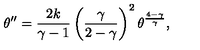
\theta ^ { \prime \prime } = { \frac { 2 k } { \gamma - 1 } } \left( { \frac { \gamma } { 2 - \gamma } } \right) ^ { 2 } \theta ^ { \frac { 4 - \gamma } { \gamma } } ,